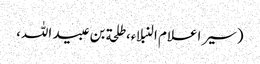
(سیر اعلام النبلاء، طلحة بن عبید اللہ،